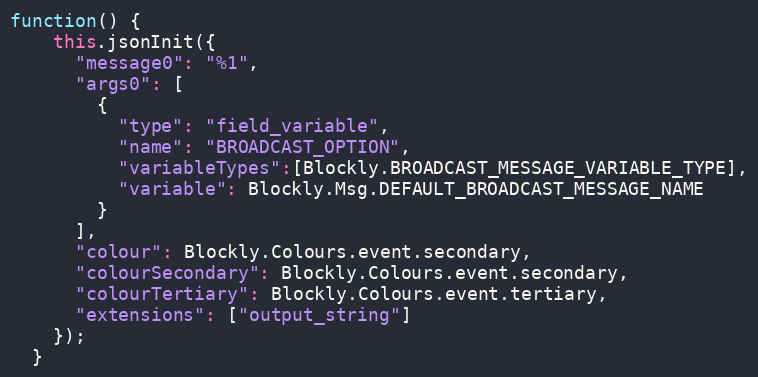
Language: JavaScript
function() {
    this.jsonInit({
      "message0": "%1",
      "args0": [
        {
          "type": "field_variable",
          "name": "BROADCAST_OPTION",
          "variableTypes":[Blockly.BROADCAST_MESSAGE_VARIABLE_TYPE],
          "variable": Blockly.Msg.DEFAULT_BROADCAST_MESSAGE_NAME
        }
      ],
      "colour": Blockly.Colours.event.secondary,
      "colourSecondary": Blockly.Colours.event.secondary,
      "colourTertiary": Blockly.Colours.event.tertiary,
      "extensions": ["output_string"]
    });
  }